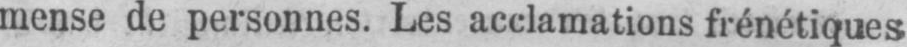
mense de personnes. Les acclamations frénétiques